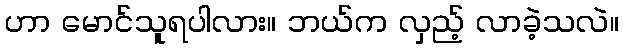
ဟာ မောင်သူရပါလား။ ဘယ်က လှည့် လာခဲ့သလဲ။